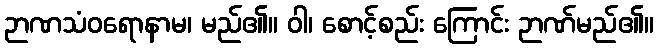
ဉာဏသံဝရောနာမ၊ မည်၏။ ဝါ၊ စောင့်စည်း ကြောင်း ဉာဏ်မည်၏။